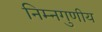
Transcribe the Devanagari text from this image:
निम्नगुणीय